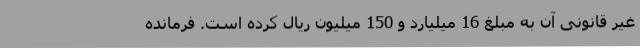
غیر قانونی آن به مبلغ 16 میلیارد و 150 میلیون ریال کرده است. فرمانده